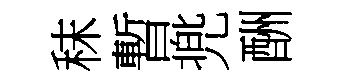
秣暫兠酬